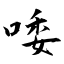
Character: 唩